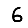
Digit: 6